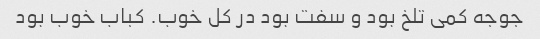
جوجه کمی تلخ بود و سفت بود در کل خوب. کباب خوب بود